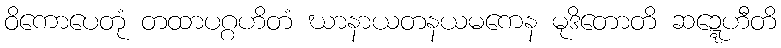
ဝိကောပေတုံ တထာပဂ္ဂဟိတံ ဃာနာယတနယမကေန မုဒိတောတိ ဆဍ္ဍေဟီတိ